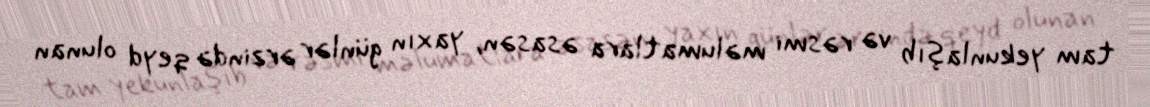
tam yekunlaşıb və rəsmi məlumatlara əsasən, yaxın günlər ərzində qeyd olunan